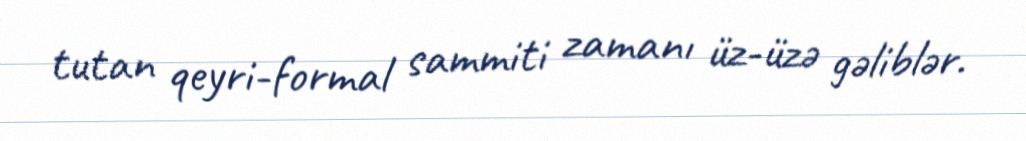
tutan qeyri-formal sammiti zamanı üz-üzə gəliblər.